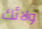
ولائك